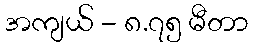
အကျယ် - ၈.၇၅ မီတာ